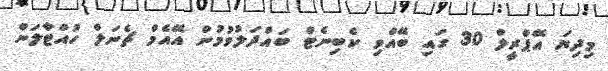
މިދިޔަ އޭޕްރީލް 30 ގައި ބޭއްވި ކެބިނެޓް ބައްދަލުވުމުން އޭއެމް ޗެނަލް ހުއްޓާލަން